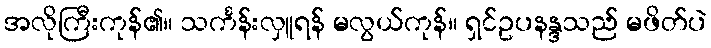
အလိုကြီးကုန်၏။ သင်္ကန်းလှူရန် မလွယ်ကုန်။ ရှင်ဥပနန္ဒသည် မဖိတ်ပဲ